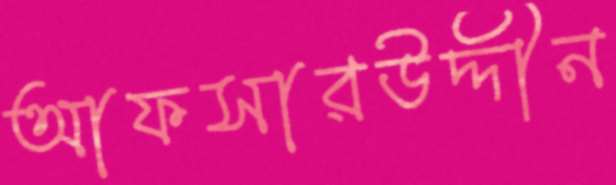
আফসারউদ্দীন